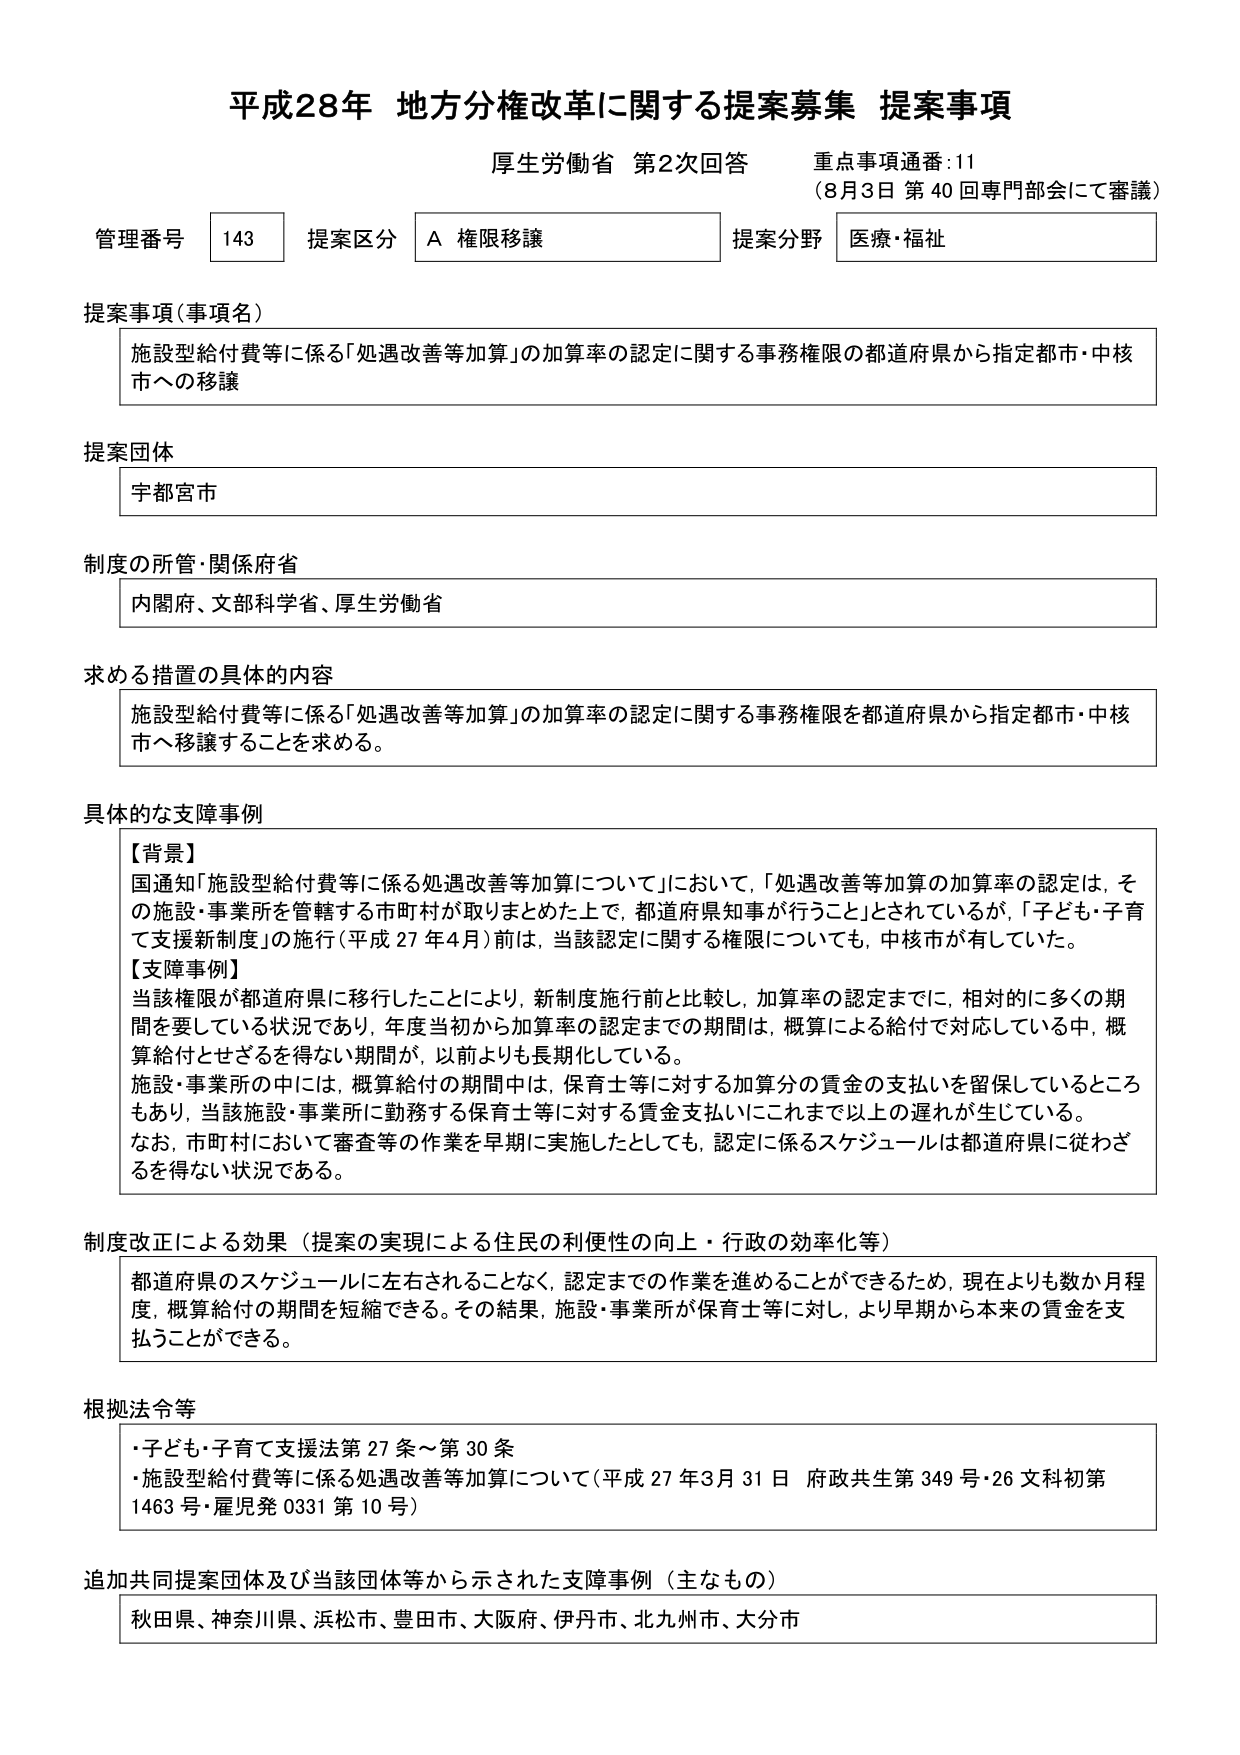
平成28年 地方分権改革に関する提案募集 提案事項
厚生労働省 第2次回答 重点事項通番:11
（8月3日 第40回専門部会にて審議）

管理番号 143 提案区分 A 権限移譲 提案分野 医療・福祉

提案事項（事項名）
施設型給付費等に係る「処遇改善等加算」の加算率の認定に関する事務権限の都道府県から指定都市・中核市への移譲

提案団体
宇都宮市

制度の所管・関係府省
内閣府、文部科学省、厚生労働省

求める措置の具体的内容
施設型給付費等に係る「処遇改善等加算」の加算率の認定に関する事務権限を都道府県から指定都市・中核市へ移譲することを求める。

具体的な支障事例
【背景】
国通知「施設型給付費等に係る処遇改善等加算について」において、「処遇改善等加算の加算率の認定は、その施設・事業所を管轄する市町村が取りまとめた上で、都道府県知事が行うこと」とされているが、「子ども・子育て支援新制度」の施行（平成27年4月）前は、当該認定に関する権限についても、中核市が有していた。
【支障事例】
当該権限が都道府県に移行したことにより、新制度施行前と比較し、加算率の認定までに、相対的に多くの期間を要している状況であり、年度当初から加算率の認定までの期間は、概算による給付で対応している中、概算給付とせざるを得ない期間が、以前よりも長期化している。
施設・事業所の中には、概算給付の期間中は、保育士等に対する加算分の賃金の支払いを留保しているところもあり、当該施設・事業所に勤務する保育士等に対する賃金支払いにこれまで以上の遅れが生じている。
なお、市町村において審査等の作業を早期に実施したとしても、認定に係るスケジュールは都道府県に従わざるを得ない状況である。

制度改正による効果（提案の実現による住民の利便性の向上・行政の効率化等）
都道府県のスケジュールに左右されることなく、認定までの作業を進めることができるため、現在よりも数か月程度、概算給付の期間を短縮できる。その結果、施設・事業所が保育士等に対し、より早期から本来の賃金を支払うことができる。

根拠法令等
・子ども・子育て支援法第27条～第30条
・施設型給付費等に係る処遇改善等加算について（平成27年3月31日 府政共生第349号・26文科初第1463号・雇児発0331第10号）

追加共同提案団体及び当該団体等から示された支障事例（主なもの）
秋田県、神奈川県、浜松市、豊田市、大阪府、伊丹市、北九州市、大分市